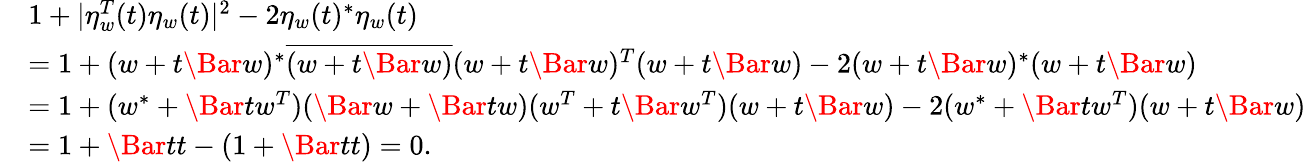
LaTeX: \begin{array}{rl}&{1+|\eta_{w}^{T}(t)\eta_{w}(t)|^{2}-2\eta_{w}(t)^{\ast}\eta_{w}(t)}\\ &{=1+(w+t\Bar w)^{\ast}\overline{{(w+t\Bar w)}}(w+t\Bar w)^{T}(w+t\Bar w)-2(w+t\Bar w)^{\ast}(w+t\Bar w)}\\ &{=1+(w^{\ast}+\Bar tw^{T})(\Bar w+\Bar tw)(w^{T}+t\Bar w^{T})(w+t\Bar w)-2(w^{\ast}+\Bar tw^{T})(w+t\Bar w)}\\ &{=1+\Bar tt-(1+\Bar tt)=0.}\end{array}